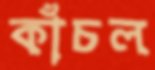
কাঁচল